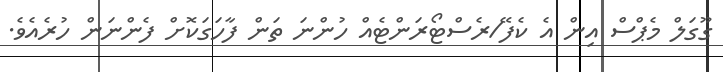
ގޫގަލް މެޕްސް އިން އެ ކެފޭ/ރެސްޓޯރަންޓެއް ހުންނަ ތަން ފާހަގަކޮށް ފެންނަން ހުރެއެވެ.